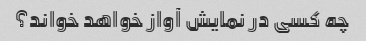
چه کسی در نمایش آواز خواهد خواند؟